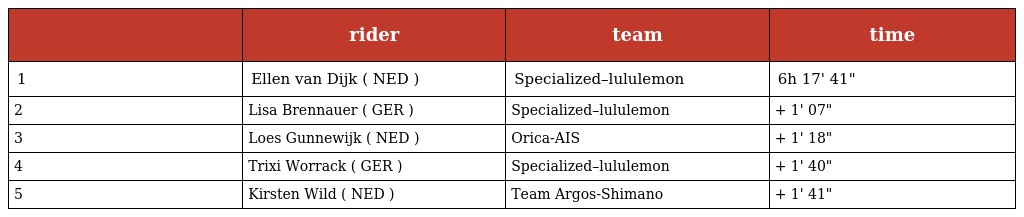
|  | rider | team | time |
 | --- | --- | --- | --- |
 | 1 | Ellen van Dijk ( NED ) | Specialized–lululemon | 6h 17' 41" |
 | 2 | Lisa Brennauer ( GER ) | Specialized–lululemon | + 1' 07" |
 | 3 | Loes Gunnewijk ( NED ) | Orica-AIS | + 1' 18" |
 | 4 | Trixi Worrack ( GER ) | Specialized–lululemon | + 1' 40" |
 | 5 | Kirsten Wild ( NED ) | Team Argos-Shimano | + 1' 41" |